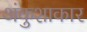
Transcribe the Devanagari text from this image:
अंकुशाकार